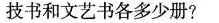
技书和文艺书各多少册?